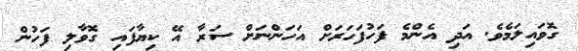
ގޮވައިލަމެވެ. އަދި އެންމެ ފަހުފަހަރަށް އަހަންނަށް ސަރާ އޭ ކިޔާފައި ގޮވާލި ފަހުން